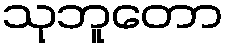
သုဘူတော